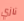
نازي